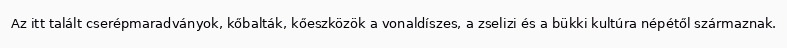
Az itt talált cserépmaradványok, kőbalták, kőeszközök a vonaldíszes, a zselizi és a bükki kultúra népétől származnak.